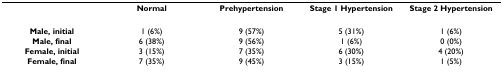
<table><thead><tr><td></td><td><b>Normal</b></td><td><b>Prehypertension</b></td><td><b>Stage 1 Hypertension</b></td><td><b>Stage 2 Hypertension</b></td></tr></thead><tbody><tr><td><b>Male, initial</b></td><td>1 (6%)</td><td>9 (57%)</td><td>5 (31%)</td><td>1 (6%)</td></tr><tr><td><b>Male, final</b></td><td>6 (38%)</td><td>9 (56%)</td><td>1 (6%)</td><td>0 (0%)</td></tr><tr><td><b>Female, initial</b></td><td>3 (15%)</td><td>7 (35%)</td><td>6 (30%)</td><td>4 (20%)</td></tr><tr><td><b>Female, final</b></td><td>7 (35%)</td><td>9 (45%)</td><td>3 (15%)</td><td>1 (5%)</td></tr></tbody></table>